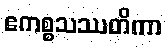
ဧကစ္စသဿတိကာ